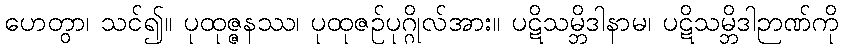
ဟေတွာ၊ သင်၍။ ပုထုဇ္ဇနဿ၊ ပုထုဇဉ်ပုဂ္ဂိုလ်အား။ ပဋိသမ္ဘိဒါနာမ၊ ပဋိသမ္ဘိဒါဉာဏ်ကို